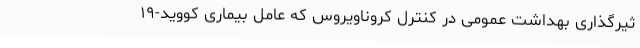
ثیرگذاری بهداشت عمومی در کنترل کروناویروس که عامل بیماری کووید-۱۹